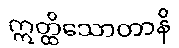
ဣတ္ထိသောတာနိ